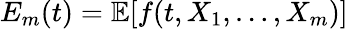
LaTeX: E_{m}(t)=\mathbb{E}[f(t,X_{1},\dots,X_{m})]